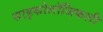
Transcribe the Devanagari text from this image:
साइकोलॉजिकली